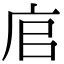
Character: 𢈂